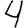
Digit: 4